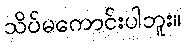
သိပ်မကောင်းပါဘူး။